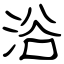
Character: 浴